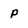
Character: P